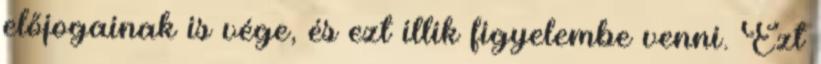
előjogainak is vége, és ezt illik figyelembe venni. Ezt